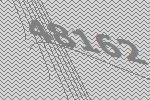
48162